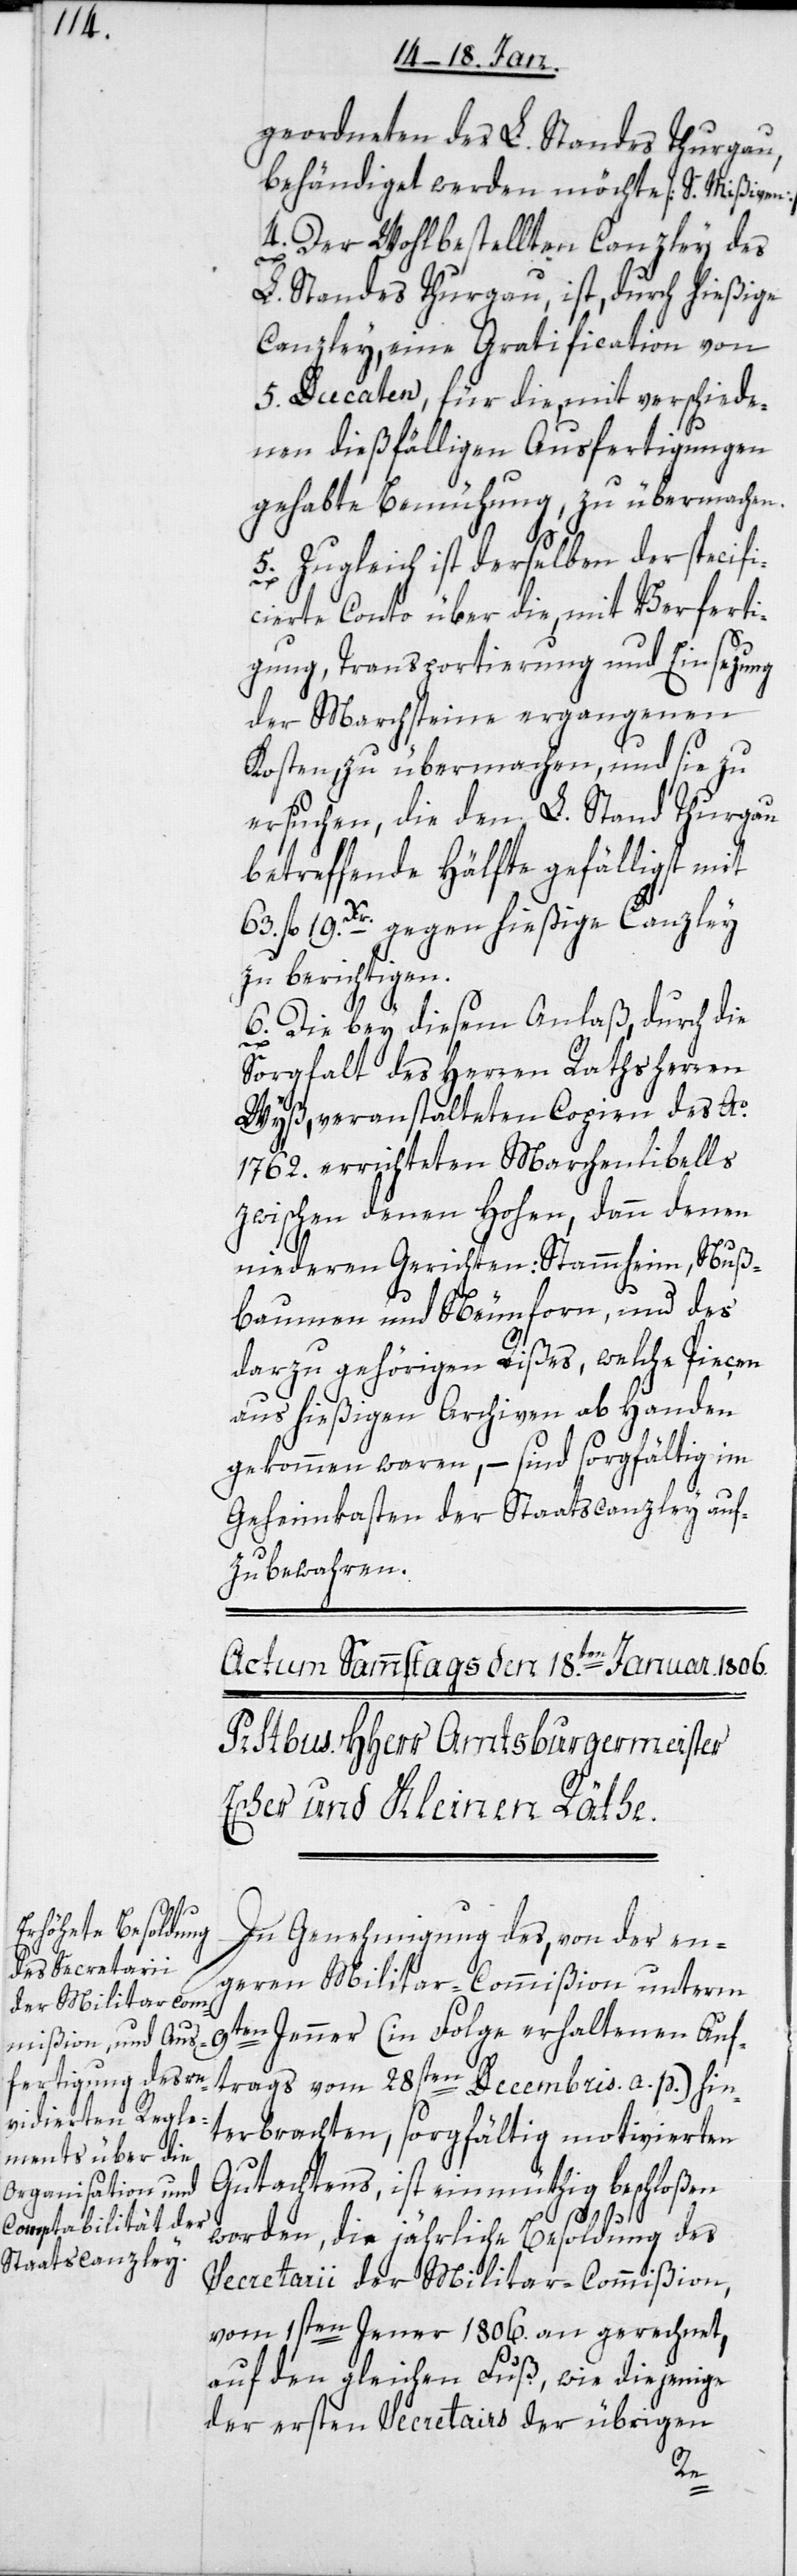
geordneten des L. Standes Thurgau,
behändiget werden möchte [S. Mißiven].
4. Der Wohlbestellten Canzley des
L. Standes Thurgau, ist, durch hießige
Canzley, eine Gratification von
5. Ducaten, für die, mit verschiede¬
nen dießfälligen Ausfertigungen
gehabte Bemühung zu übermachen.
5. Zugleich ist derselben der specifi¬
cierte Conto über die, mit Verferti¬
gung, Transportierung und Einsezung
der Marchsteine ergangenen
Kosten, zu übermachen, und sie zu
ersuchen, die den L. Stand Thurgau
betreffende Hälfte gefälligst mit
63. fl 19. Xr. gegen hießige Canzley
zu berichtigen.
6. Die bey diesem Anlaß, durch die
Sorgfalt des Herren Rathsherren
Wyß, veranstalteten Copien des Ao.
1762. errichteten Marchenlibells
zwischen denen Hohen, dann denen
niederen Gerichten: Stammheim, Nuß¬
baumen und Neunforn, und des
darzu gehörigen Rißes, welche Pieçen
aus hießigen Archiven ab Handen
gekommen waren, – sind sorgfältig im
Geheimkasten der Staatscanzley auf¬
zubewahren.
In Genehmigung des, von der en¬
geren Militar-Commißion unterm
9ten Jenner (in Folge erhaltenen Auf¬
trags vom 28sten Decembris a. p.) hin¬
terbrachten, sorgfältig motivierten
Gutachtens, ist einmüthig beschloßen
worden, die jährliche Besoldung des
Secretarii der Militar-Commißion,
vom 1sten Jenner 1806. an gerechnet,
auf den gleichen Fuß, wie diejenige
der ersten Secretairs der übrigen